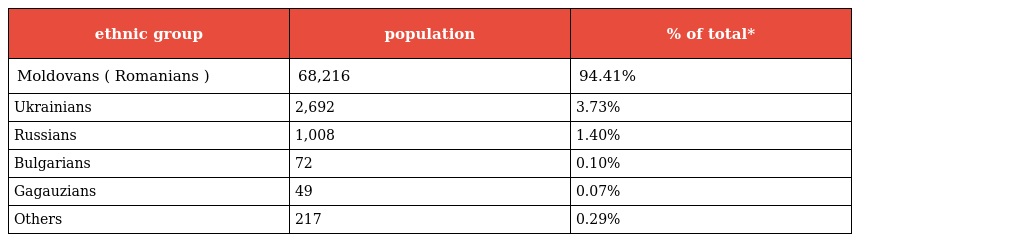
| ethnic group | population | % of total* |
 | --- | --- | --- |
 | Moldovans ( Romanians ) | 68,216 | 94.41% |
 | Ukrainians | 2,692 | 3.73% |
 | Russians | 1,008 | 1.40% |
 | Bulgarians | 72 | 0.10% |
 | Gagauzians | 49 | 0.07% |
 | Others | 217 | 0.29% |